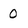
Character: 0